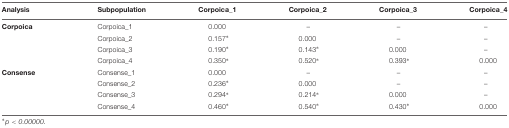
<table><thead><tr><td><b>Analysis</b></td><td><b>Subpopulation</b></td><td><b>Corpoica_1</b></td><td><b>Corpoica_2</b></td><td><b>Corpoica_3</b></td><td><b>Corpoica_4</b></td></tr></thead><tbody><tr><td><b>Corpoica</b></td><td>Corpoica_1</td><td>0.000</td><td>–</td><td>–</td><td>–</td></tr><tr><td></td><td>Corpoica_2</td><td>0.157<sup>∗</sup></td><td>0.000</td><td>–</td><td>–</td></tr><tr><td></td><td>Corpoica_3</td><td>0.190<sup>∗</sup></td><td>0.143<sup>∗</sup></td><td>0.000</td><td>–</td></tr><tr><td></td><td>Corpoica_4</td><td>0.350<sup>∗</sup></td><td>0.520<sup>∗</sup></td><td>0.393<sup>∗</sup></td><td>0.000</td></tr><tr><td><b>Consense</b></td><td>Consense_1</td><td>0.000</td><td>–</td><td>–</td><td>–</td></tr><tr><td></td><td>Consense_2</td><td>0.236<sup>∗</sup></td><td>0.000</td><td>–</td><td>–</td></tr><tr><td></td><td>Consense_3</td><td>0.294<sup>∗</sup></td><td>0.214<sup>∗</sup></td><td>0.000</td><td>–</td></tr><tr><td></td><td>Consense_4</td><td>0.460<sup>∗</sup></td><td>0.540<sup>∗</sup></td><td>0.430<sup>∗</sup></td><td>0.000</td></tr></tbody></table>